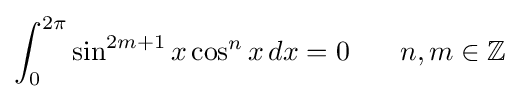
\int _{0}^{2\pi }\sin ^{2m+1}{x}\cos ^{n}{x}\,dx=0\!\qquad n,m\in \mathbb {Z}